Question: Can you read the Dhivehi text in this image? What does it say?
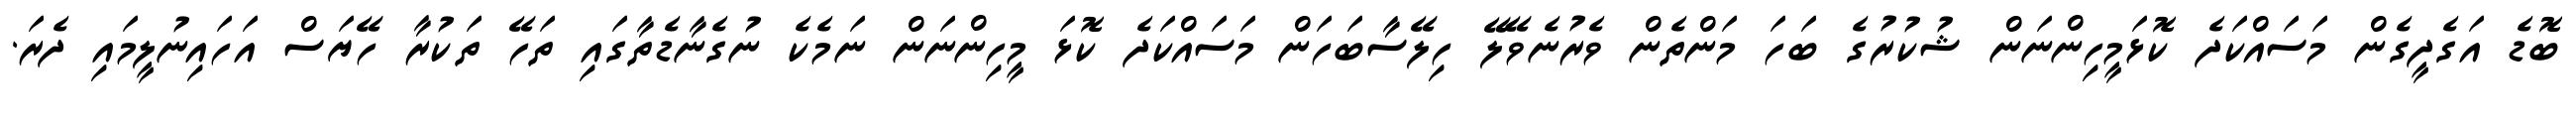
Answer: ބޮޑެ އަގެދީގެން މަސައްކަދެ ކޮޅަމީހިންނަން ޝުކުރުގެ ބަހަ މަންތެން ވެރުނެވޭލޭ ހިލޭސާބަހަން މަސައްކަދެ ކޮޅަ މީހިންނަން ނަމެކެ ނުގެނާޑެތާގައި ތަހޭ ތަކުރާ ހޭޔަސް އަހައިނުލީމައި ދެރަ.